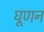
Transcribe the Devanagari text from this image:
घूणन